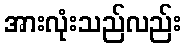
အားလုံးသည်လည်း